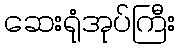
ဆေးရုံအုပ်ကြီး